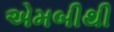
એમબીથી